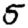
Digit: 5